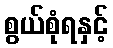
စွယ်စုံရနှင့်